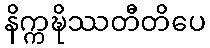
နိက္ကဍ္ဎိဿတီတိပေ